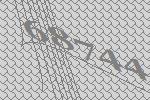
68744